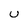
Character: u